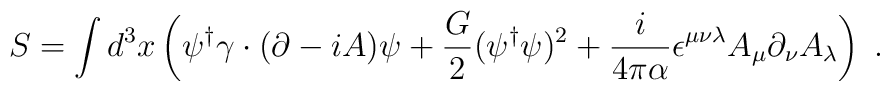
S = \int d^3x \left(\psi^\dagger\gamma\cdot(\partial-iA)\psi                  + \frac{G}{2}(\psi^\dagger\psi)^2+ \frac{i}{4\pi\alpha}\epsilon^{\mu\nu\lambda}A_\mu\partial_\nu A_\lambda\right)\;.